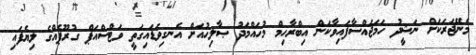
މެނޭޖަރަކަށް ނަޝީދު ހަމަޖައްސާފައިވާކަން އިބްރާހިމް މުހައްމަދު ޞާލިހުއަށް އެނގިވަޑައިގަތީ ވަޓްސްއަޕް ގުރޫޕެއްގެ ލިޔެފައި